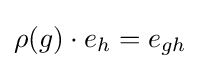
\rho (g)\cdot e_{h}=e_{gh}